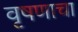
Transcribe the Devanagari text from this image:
वृषणाचा